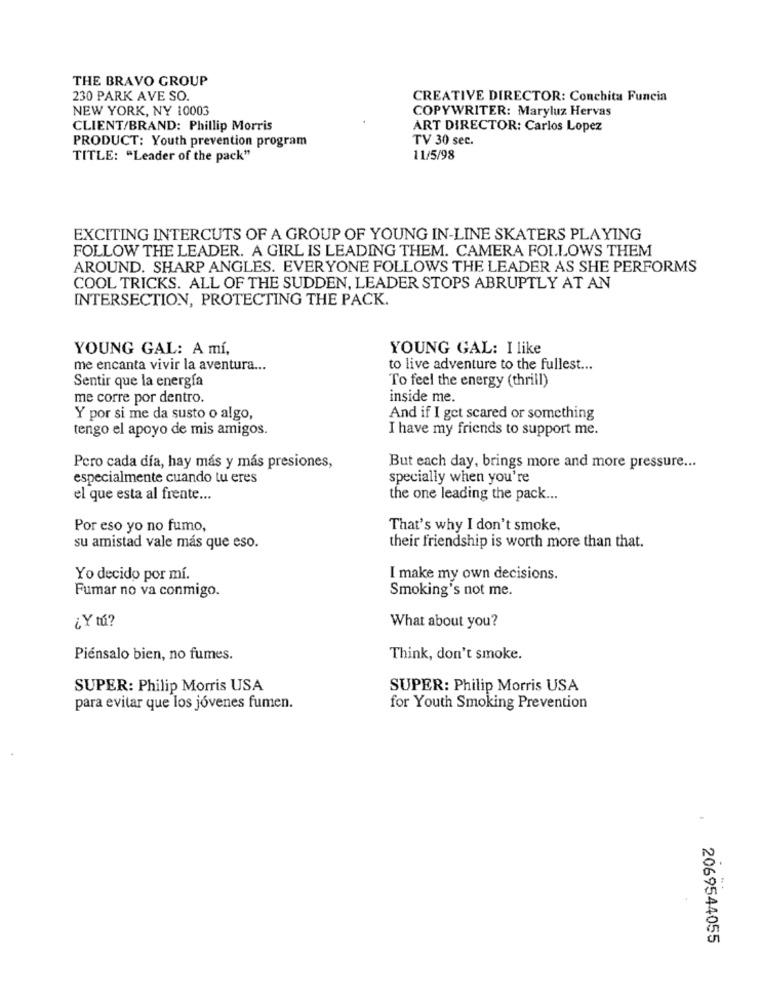
THE BRAVO GROUP
230 PARK AVE SO.
CREATIVE DIRECTOR: Conchita Funcia
NEW YORK, NY 10003
COPYWRITER: Maryluz Hervas
CLIENT/BRAND: Phillip Morris
ART DIRECTOR: Carlos Lopez
TV 30 sec.
PRODUCT: Youth prevention program
TITLE: "Leader of the pack"
11/5/98
EXCITING INTERCUTS OF A GROUP OF YOUNG IN-LINE SKATERS PLAYING
FOLLOW THE LEADER. A GIRL IS LEADING THEM. CAMERA FOLLOWS THEM
AROUND. SHARP ANGLES. EVERYONE FOLLOWS THE LEADER AS SHE PERFORMS
COOL TRICKS. ALL OF THE SUDDEN, LEADER STOPS ABRUPTLY AT AN
INTERSECTION, PROTECTING THE PACK.
YOUNG GAL: A mí,
YOUNG GAL: I like
me encanta vivir la aventura ...
to live adventure to the fullest ...
Sentir que la energía
To feel the energy (thrill)
me corre por dentro.
inside me.
Y por si me da susto o algo,
And if I get scared or something
tengo el apoyo de mis amigos.
I have my friends to support me.
Pero cada día, hay más y más presiones,
But each day, brings more and more pressure ...
especialmente cuando tu eres
specially when you're
el que esta al frente ...
the one leading the pack ...
Por eso yo no fumo,
That's why I don't smoke,
su amistad vale más que eso.
their friendship is worth more than that.
Yo decido por mí.
I make my own decisions.
Fumar no va conmigo.
Smoking's not me.
¿Y tú?
What about you?
Piénsalo bien, no fumes.
Think, don't smoke.
SUPER: Philip Morris USA
SUPER: Philip Morris USA
para evitar que los jóvenes fumen.
for Youth Smoking Prevention
2069544055